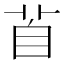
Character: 𦤄